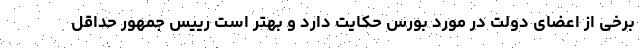
برخی از اعضای دولت در مورد بورس حکایت دارد و بهتر است رییس جمهور حداقل